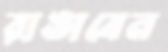
রাঙাবেন